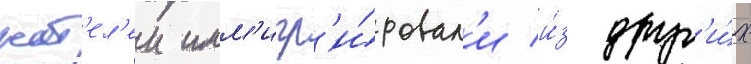
жит'ел'еи имм'игр'и́ровал'и и́з друг'и́х